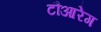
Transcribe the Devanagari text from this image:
टौआरेग